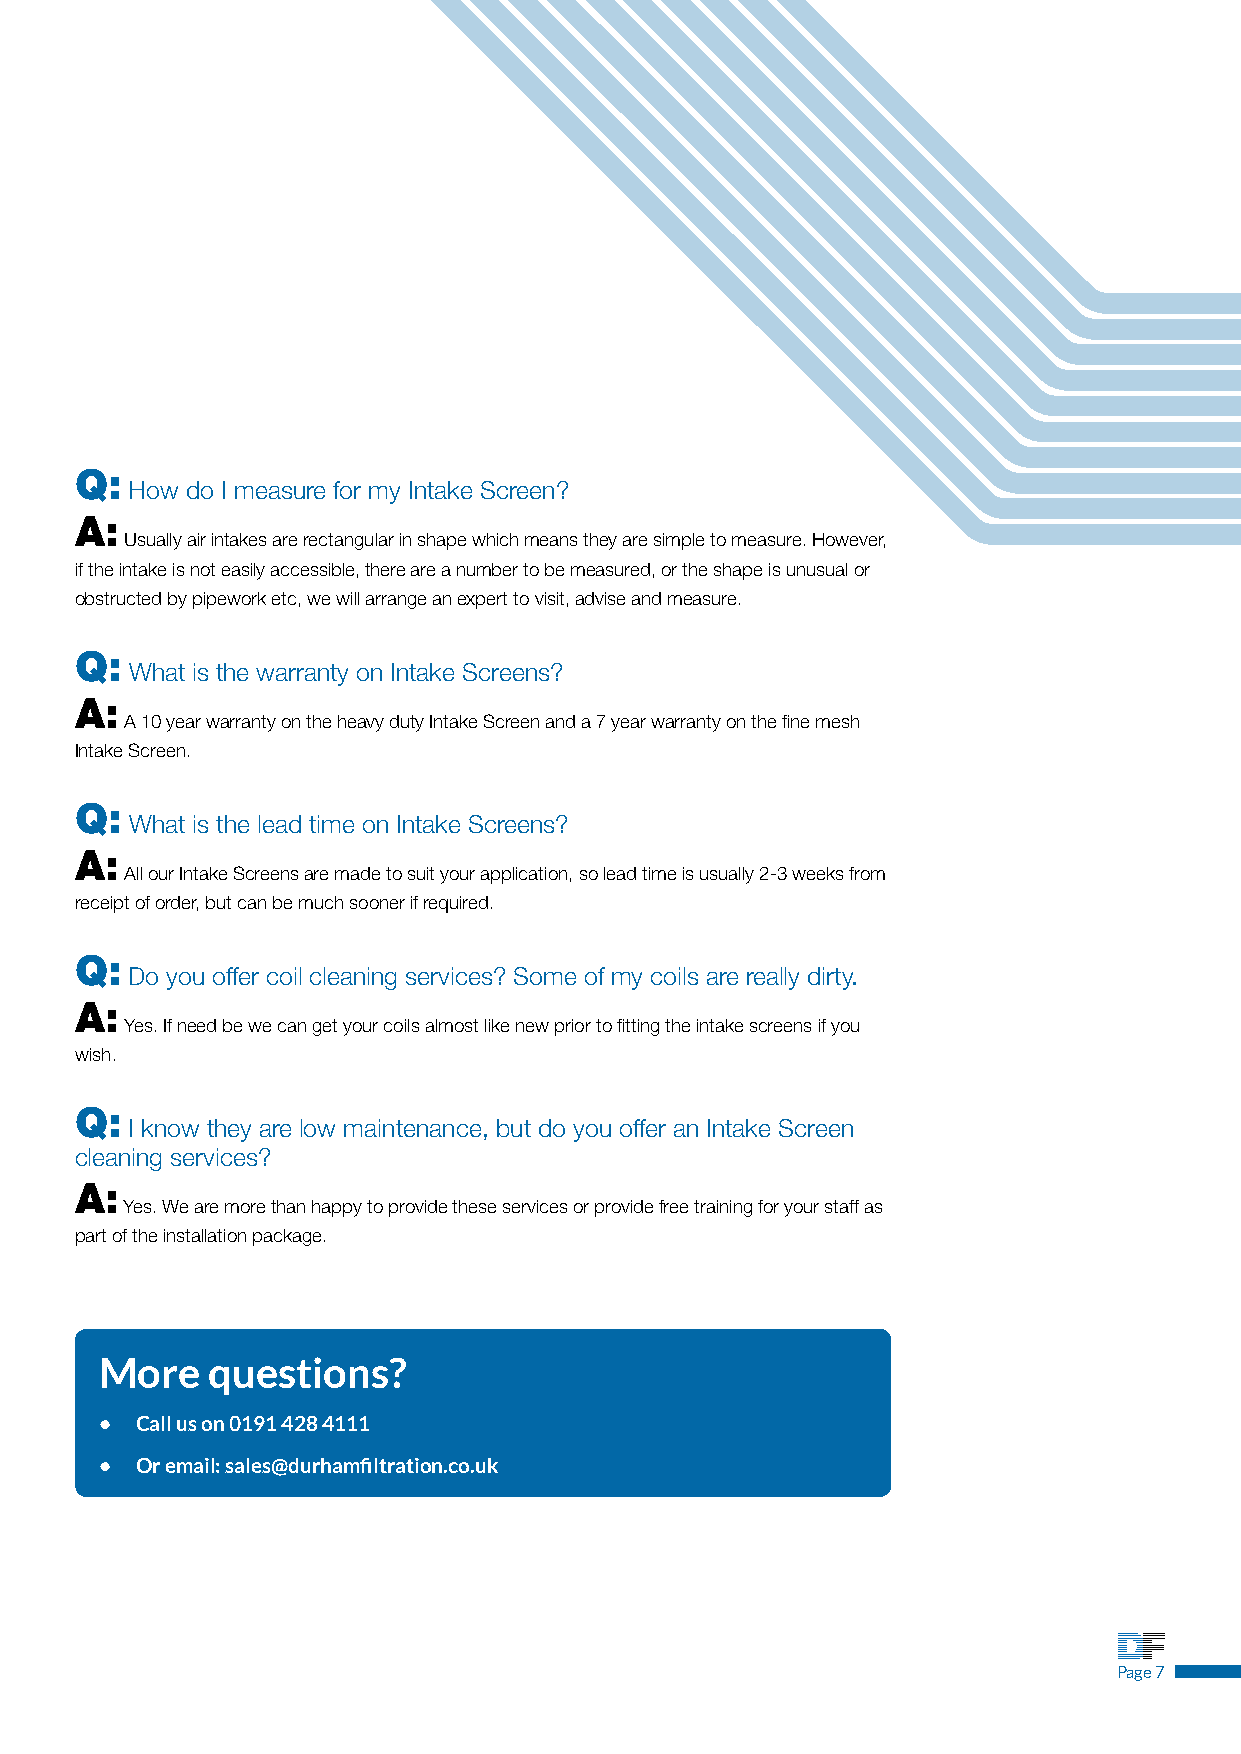
Q:
 How do I measure for my Intake Screen?
 A:
 Usually air intakes are rectangular in shape which means they are simple to measure. However,
 if the intake is not easily accessible, there are a number to be measured, or the shape is unusual or
 obstructed by pipework etc, we will arrange an expert to visit, advise and measure.
 Q:
 What is the warranty on Intake Screens?
 A:
 A 10 year warranty on the heavy duty Intake Screen and a 7 year warranty on the fine mesh
 Intake Screen.
 Q:
 What is the lead time on Intake Screens?
 A:
 All our Intake Screens are made to suit your application, so lead time is usually 2-3 weeks from
 receipt of order, but can be much sooner if required.
 Q:
 Do you offer coil cleaning services? Some of my coils are really dirty.
 A:
 Yes. If need be we can get your coils almost like new prior to fitting the intake screens if you
 wish.
 Q:
 I know they are low maintenance, but do you offer an Intake Screen
 cleaning services?
 A:
 Yes. We are more than happy to provide these services or provide free training for your staff as
 part of the installation package.
 More   questions?
 • Call us on 0191 428 4111
 • Or email: sales@durhamfiltration.co.uk
 PDaurghea m7
 Filtration
 Qualityfiltersthrough